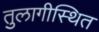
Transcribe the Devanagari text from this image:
तुलागीस्थित